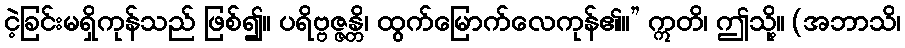
ငဲ့ခြင်းမရှိကုန်သည် ဖြစ်၍။ ပရိဗ္ဗဇ္ဇန္တိ၊ ထွက်မြောက်လေကုန်၏။” ဣတိ၊ ဤသို့။ (အဘာသိ၊